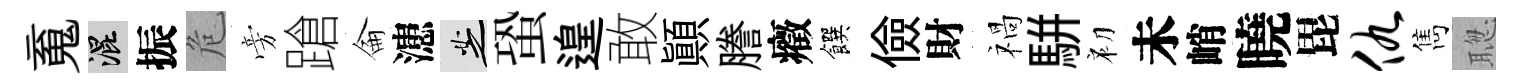
䰟混振危旁蹌侖漶芝蛩遑敢顚謄癥饌儉財禍駢初未峭曉毘仇雋聦